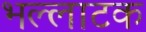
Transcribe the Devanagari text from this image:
भल्लाटक